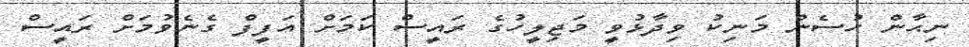
ނިޙާން ހުސެން މަނިކު ވިދާޅުވީ މަޖިލީހުގެ ރައީސް ކަމަށް އަފީފް ގެނެވުމަށް ރައީސް